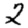
Digit: 2